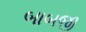
બાબજી